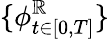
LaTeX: \{ {\phi}_{t\in[0,T]}^{\mathbb{R}}\}